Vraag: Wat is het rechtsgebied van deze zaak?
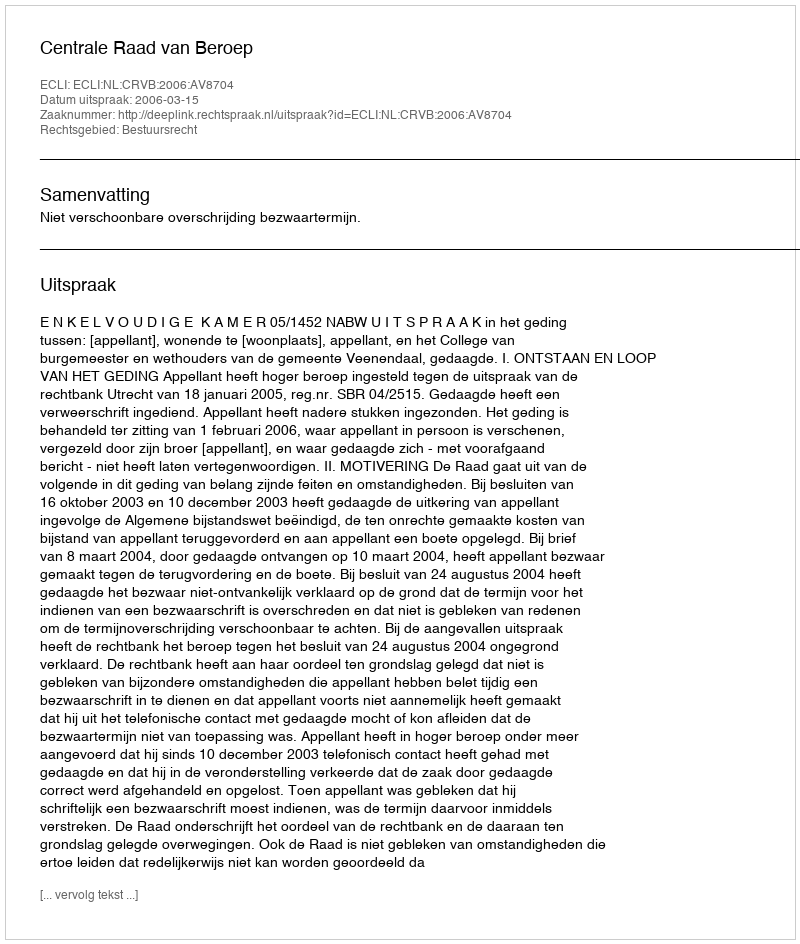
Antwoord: Bestuursrecht